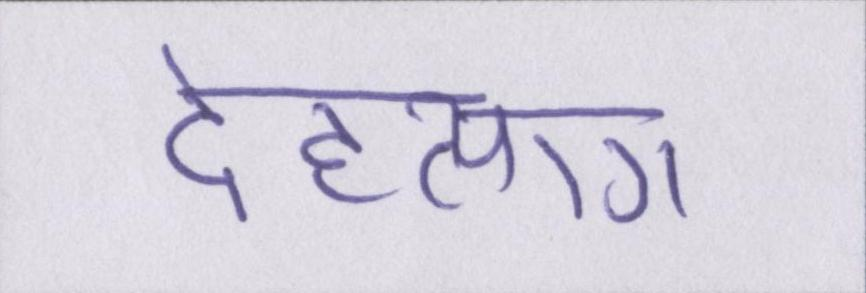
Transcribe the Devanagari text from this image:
देहत्याग